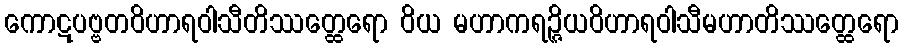
ကောဋပဗ္ဗတဝိဟာရဝါသီတိဿတ္ထေရော ဝိယ မဟာကရဉ္ဇိယဝိဟာရဝါသီမဟာတိဿတ္ထေရော